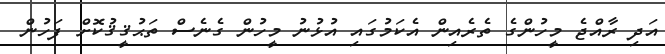
އަދި ރާއްޖެ މީހުންގެ ތެރެއިން އެކަމުގައި އުޅުނު މީހުން ގެނެސް ތަޙުޤީޤުކޮށް ފަހުން